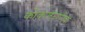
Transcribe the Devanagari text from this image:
कोकजन्ग्गक